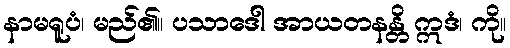
နာမရူပံ၊ မည်၏။ ပသာဒေါ အာယတနန္တိ ဣဒံ၊ ကို။